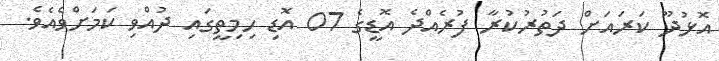
އޮޅުދޫ ކަރައަށް ދަތުރުކުރާ ފުރެއްދެ އޮޑީގެ 07 އޮޑި ހިމިތީގައި ދުއްވި ކަމަށްވެއެވެ.